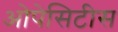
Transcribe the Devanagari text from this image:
ओपेसिटीस